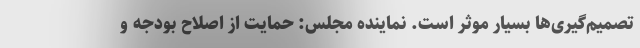
تصمیم‌گیری‌ها بسیار موثر است. نماینده مجلس: حمایت از اصلاح بودجه و